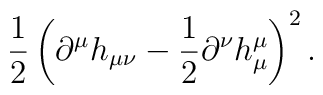
\frac{1}{2} \left( \partial^\mu h_{\mu \nu} -  \frac{1}{2} \partial^\nu h^\mu_\mu \right)^2.